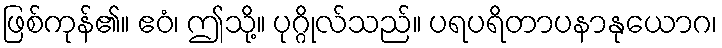
ဖြစ်ကုန်၏။ ဧဝံ၊ ဤသို့။ ပုဂ္ဂိုလ်သည်။ ပရပရိတာပနာနုယောဂ၊